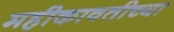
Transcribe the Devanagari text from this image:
महीकावतीच्या